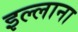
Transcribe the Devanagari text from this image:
इल्लाना